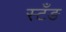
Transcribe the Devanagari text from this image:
स्टँङ